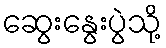
ဆွေးနွေးပွဲသို့